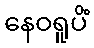
နေဝရူပိံ